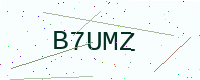
Text: B7UMZ